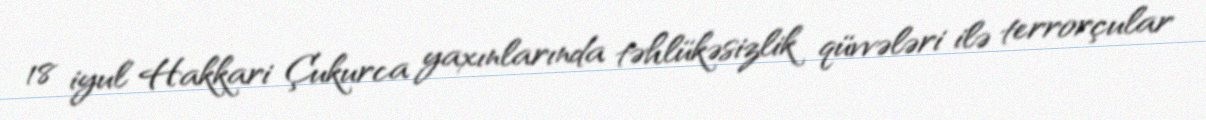
18 iyul Hakkari Çukurca yaxınlarında təhlükəsizlik qüvvələri ilə terrorçular